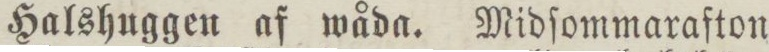
Halshuggen af wåda. Midſommarafton